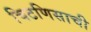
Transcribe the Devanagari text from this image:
चिटणिसाची